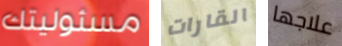
مسئوليتك القارات علاجها